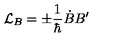
{ \cal L } _ { B } = \pm \frac 1 { \hbar } \dot { B } B ^ { \prime }